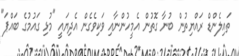
ތައިލެންޑް ރައްޔިތުން ބުނާ ގޮތުން އެމީހުންނާއި ވަކިވެގެން އެދިޔައީ "މުޅި ގައުމުގެ ބައްޕަ"